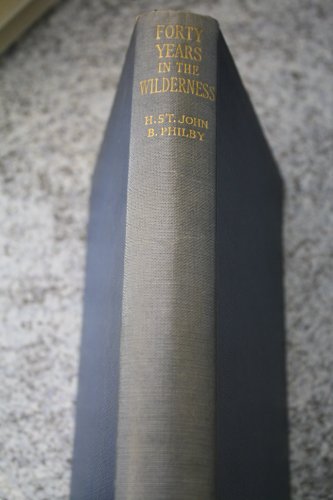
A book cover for Forty years in the wilderness; H. St. J. B Philby; Travel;